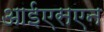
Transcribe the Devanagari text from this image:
आईएसएन